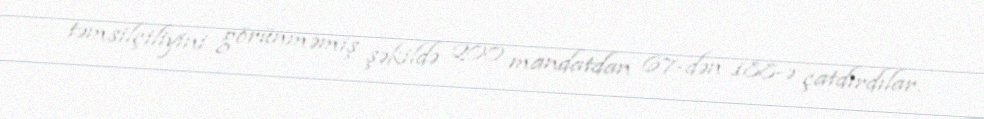
təmsilçiliyini görünməmiş şəkildə 200 mandatdan 67-dən 188-ə çatdırdılar.